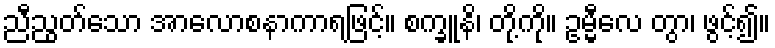
ညီညွတ်သော အာလောစနာကာရဖြင့်။ စက္ခူနိ၊ တို့ကို။ ဥမ္မီလေ တွာ၊ ဖွင့်၍။